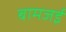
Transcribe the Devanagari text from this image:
बामजई